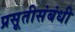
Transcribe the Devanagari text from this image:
प्रसूतीसंबंधी